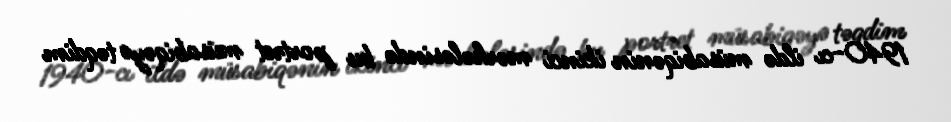
1940-cı ildə müsabiqənin ikinci mərhələsində bu portret müsabiqəyə təqdim